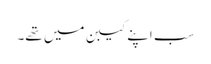
سب اپنے کیبن میں تھے۔